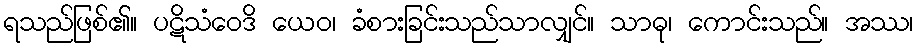
ရသည်ဖြစ်၏။ ပဋိသံဝေဒိ ယေဝ၊ ခံစားခြင်းသည်သာလျှင်။ သာဓု၊ ကောင်းသည်။ အဿ၊